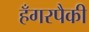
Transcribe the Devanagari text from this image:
हँगरपैकी